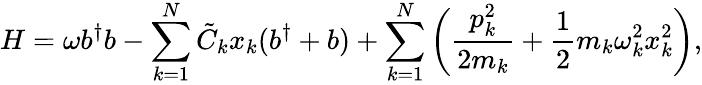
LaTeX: H=\omega b^{\dagger}b-\sum_{k=1}^{N}\tilde{C}_{k}x_{k}(b^{\dagger}+b)+\sum_{k=1}^{N}\bigg(\frac{p_{k}^{2}}{2m_{k}}+\frac{1}{2}m_{k}\omega_{k}^{2}x_{k}^{2}\bigg),